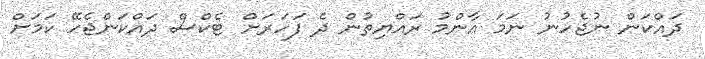
ދައްކަން ނުޖެހުނު ނަމަ އާންމު ރައްޔިތުން ދެ ފަހަރަށް ޓެކްސް ދައްކަންޖެހޭ ކަމަށް